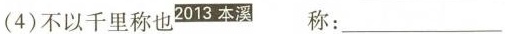
(4)不以千里称也2013本溪 称：___